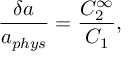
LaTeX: \frac { \delta a } { a _ { p h y s } } = \frac { C _ { 2 } ^ { \infty } } { C _ { 1 } } ,